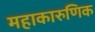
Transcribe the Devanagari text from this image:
महाकारुणिक